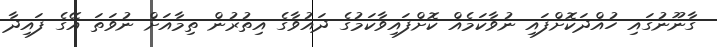
ގާނޫނުގައި ހުއްދަކޮށްފައި ނުވާކަމެއް ކޮށްފައިވާކަމުގެ ދައުވާގެ އިތުރުން ތިމާއަށް ނުވަތަ އޭގެ ފައިދާ